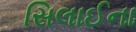
સિલાઈના